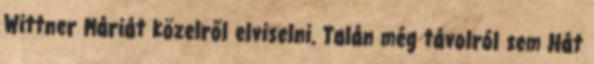
Wittner Máriát közelről elviselni. Talán még távolról sem Hát